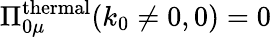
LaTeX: \Pi_{0\mu}^{\mathrm{thermal}}(k_{0}\neq 0,0)=0